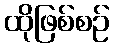
ထိုဖြစ်စဉ်